65_HS1-834228961_62-HQ-83894_Section_6
Agency: FBI
Page 144
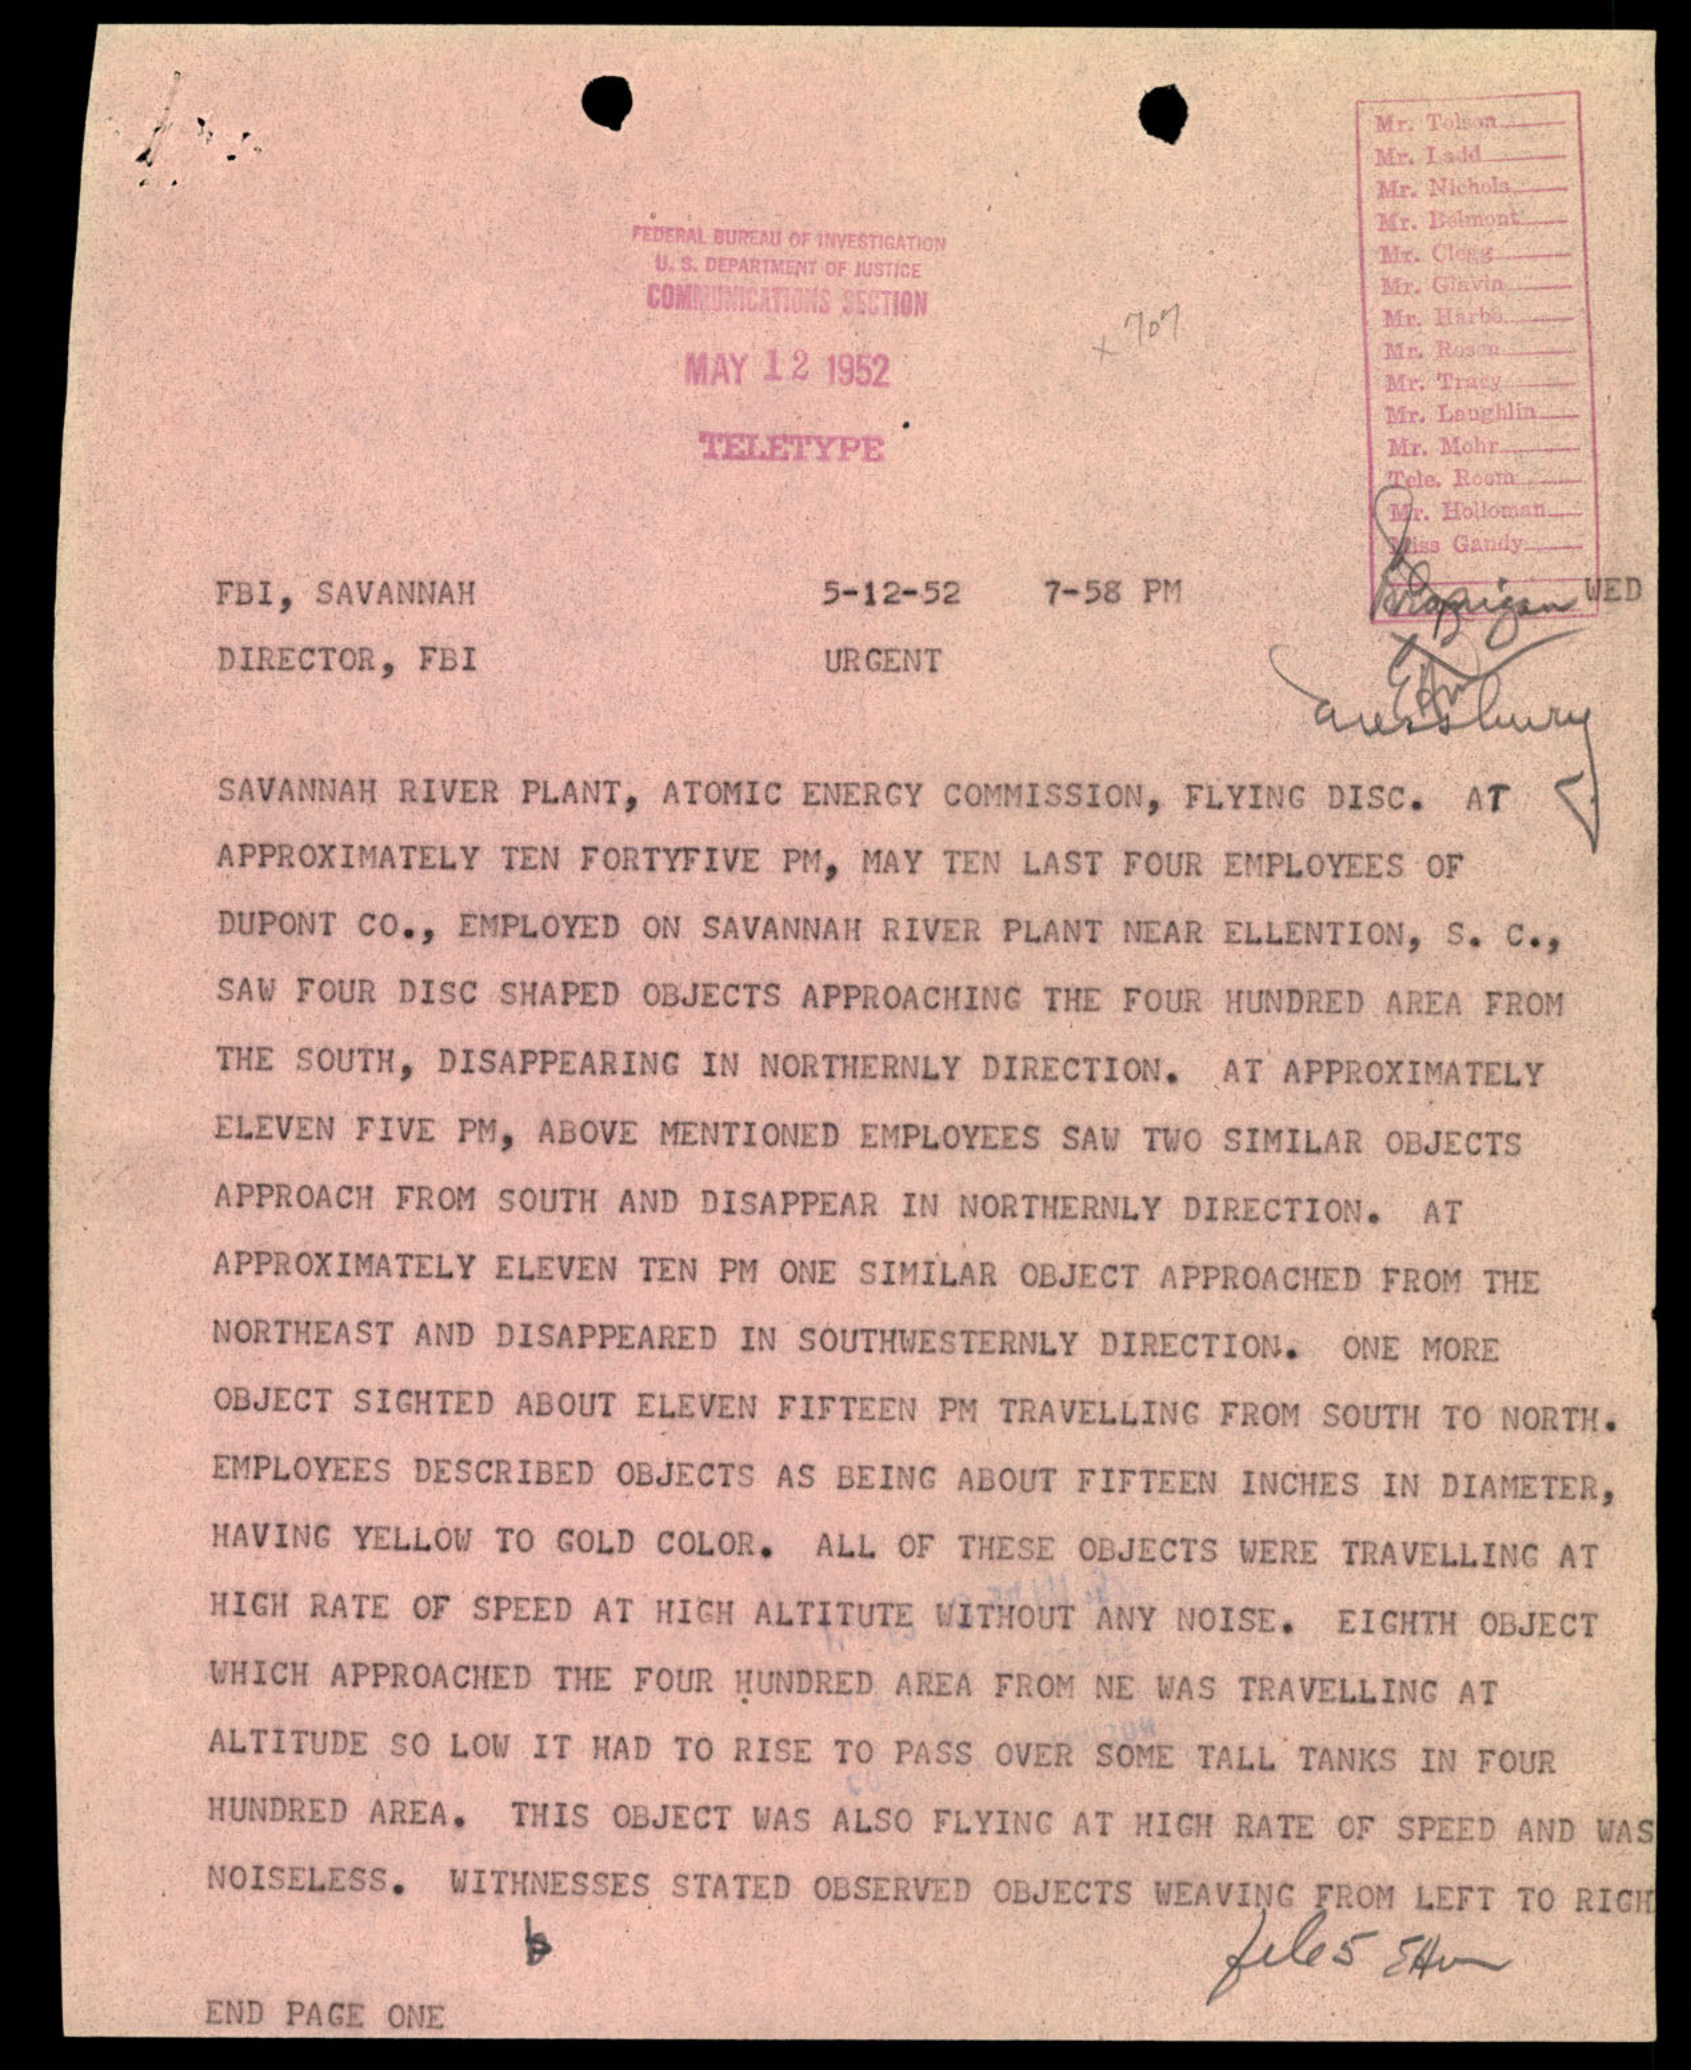